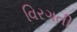
વિરગતી